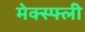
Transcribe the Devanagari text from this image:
मेक्स्फ्ली